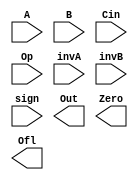
/*
    CS/ECE 552 Spring '19
    Homework #4, Problem 2

    A 16-bit ALU module.  It is designed to choose
    the correct operation to perform on 2 16-bit numbers from rotate
    left, shift left, shift right arithmetic, shift right logical, add,
    or, xor, & and.  Upon doing this, it should output the 16-bit result
    of the operation, as well as output a Zero bit and an Overflow
    (OFL) bit.
*/
module alu (A, B, Cin, Op, invA, invB, sign, Out, Zero, Ofl);

   // declare constant for size of inputs, outputs (N),
   // and operations (O)
   parameter    N = 16;
   parameter    O = 3;
   
   input [N-1:0] A;
   input [N-1:0] B;
   input         Cin;
   input [O-1:0] Op;
   input         invA;
   input         invB;
   input         sign;
   output [N-1:0] Out;
   output         Ofl;
   output         Zero;

   /* YOUR CODE HERE */
    
endmodule